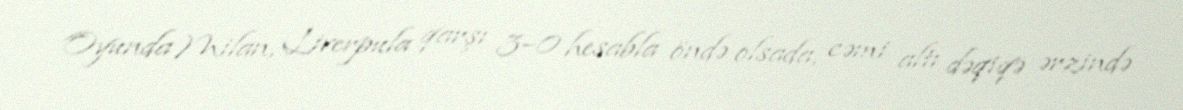
Oyunda Milan, Liverpula qarşı 3–0 hesabla öndə olsada, cəmi altı dəqiqə ərzində